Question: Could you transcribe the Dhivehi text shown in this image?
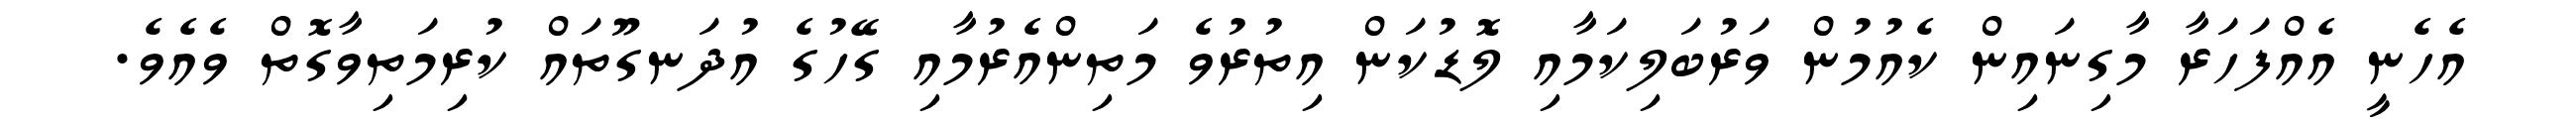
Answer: އެހެނީ އެއްފަހަރާ މާގިނައިން ކެއުމުން ވަރުބަލިކަމާއި ލޮޑުކަން އިތުރުވެ މަތިންއެރުމާއި ގޭހުގެ އުދަނގޫތައް ކުރިމަތިވާގޮތް ވެއެވެ.